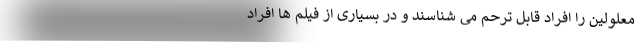
معلولین را افراد قابل ترحم می شناسند و در بسیاری از فیلم ها افراد